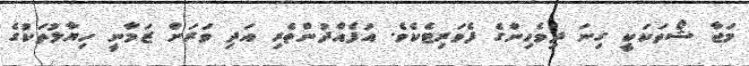
މަަޖާ ޝޯތަކަކީ ގިނަ ދިވެހިންގެ ފެވަރިޓެކެވެ. އުފެއްދުންތެރި އަދި ވަރަށް ޒަމާނީ ހިޔާލުތަކުގެ